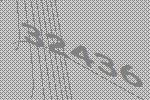
32436